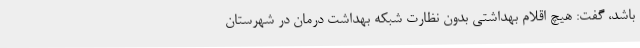
باشد، گفت: هیچ اقلام بهداشتی بدون نظارت شبکه بهداشت درمان در شهرستان